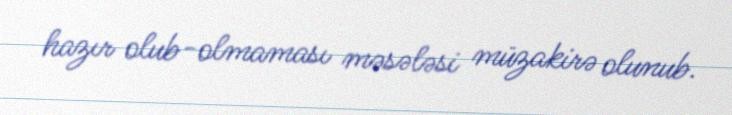
hazır olub-olmaması məsələsi müzakirə olunub.